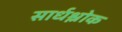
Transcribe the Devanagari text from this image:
सार्धश्लोक